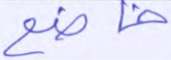
خاضع